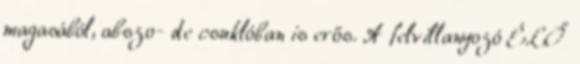
magasából, abszo- de csuklóban is erős. A felvillanyozó ÉLŐ